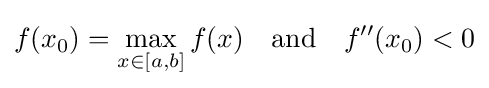
f(x_{0})=\max _{x\in [a,b]}f(x)\quad {\text{and}}\quad f''(x_{0})<0